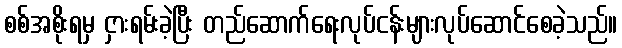
စစ်အစိုးရမှ ငှားရမ်းခဲ့ပြီး တည်ဆောက်ရေးလုပ်ငန်းများလုပ်ဆောင်စေခဲ့သည်။